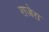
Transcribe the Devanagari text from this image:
राजेरा